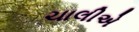
ચાલીએ